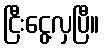
ငြီးငွေ့လှပြီ။